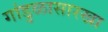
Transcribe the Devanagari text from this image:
गांडुळासारखा